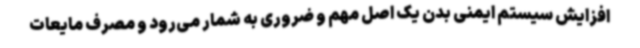
افزایش سیستم ایمنی بدن یک اصل مهم و ضروری به شمار می‌رود و مصرف مایعات